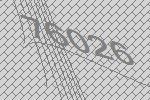
76026